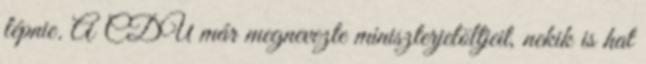
lépnie. A CDU már megnevezte miniszterjelöltjeit, nekik is hat